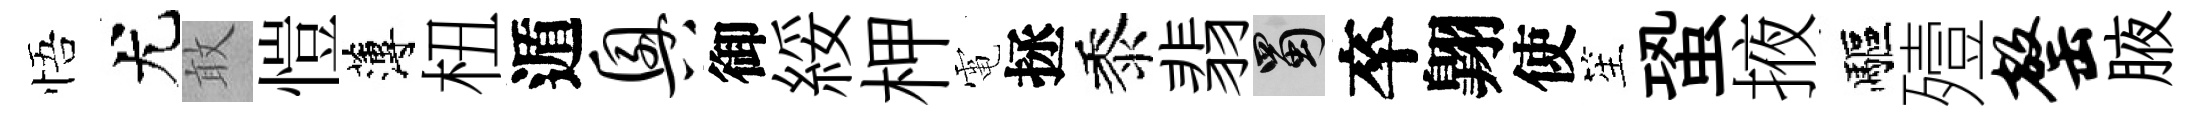
悟尤敢愷薄杻遁兴御綏柙電拯黍翡蜀卒翺使笙蛩掖驅殪罄腋